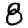
Digit: 8